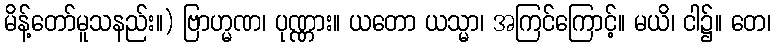
မိန့်တော်မူသနည်း။) ဗြာဟ္မဏ၊ ပုဏ္ဏား။ ယတော ယသ္မာ၊ အကြင်ကြောင့်။ မယိ၊ ငါ၌။ တေ၊